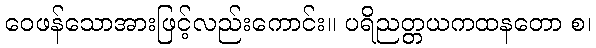
ဝေဖန်သောအားဖြင့်လည်းကောင်း။ ပရိညတ္တယကထနတော စ၊